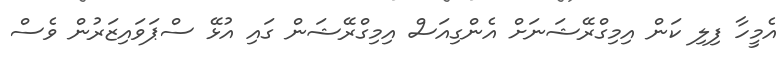
އެމީހާ ފިލި ކަން އިމިގްރޭޝަނަށް އެންގިއަސް އިމިގްރޭޝަން ގައި އުޅޭ ސްޕަވައިޒަރުން ވެސް